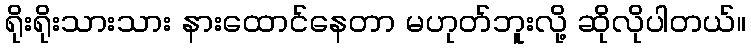
ရိုးရိုးသားသား နားထောင်နေတာ မဟုတ်ဘူးလို့ ဆိုလိုပါတယ်။